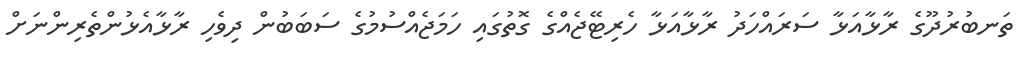
ތަނބުރުދޫގެ ރާޅާއަޅާ ސަރައްހަދު ރާޅާއަޅާ ހެރިޓޭޖެއްގެ ގޮތުގައި ހަމަޖެއްސުމުގެ ސަބަބުން ދިވެހި ރާޅާއެޅުންތެރިންނަށް